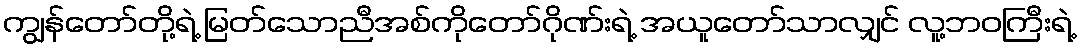
ကျွန်တော်တို့ရဲ့ မြတ်သောညီအစ်ကိုတော်ဂိုဏ်းရဲ့ အယူတော်သာလျှင် လူ့ဘဝကြီးရဲ့